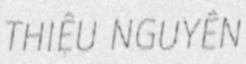
THIỆU NGUYÊN